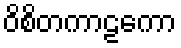
ဝိစိတကာဠကော